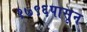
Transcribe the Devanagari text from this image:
१७९६पासून